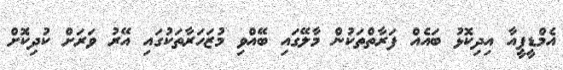
އެމްޑީޕީއާ އިދިކޮޅު ބައެއް ފަރާތްތަކުން މާލޭގައި ބޭއްވި މުޒަހަރާތަކުގައި އޭރު ވަރަށް ކުދިކޮށް